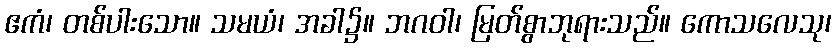
ဧကံ၊ တစ်ပါးသော။ သမယံ၊ အခါ၌။ ဘဂဝါ၊ မြတ်စွာဘုရားသည်။ ကောသလေသု၊